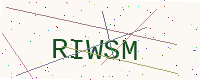
Text: RIWSM